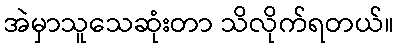
အဲမှာသူသေဆုံးတာ သိလိုက်ရတယ်။